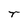
Character: r